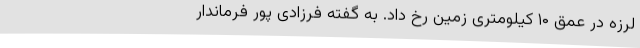
لرزه در عمق ۱۰ کیلومتری زمین رخ داد. به گفته فرزادی پور فرماندار